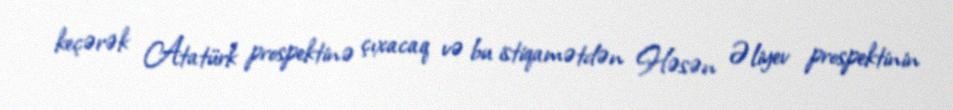
keçərək Atatürk prospektinə çıxacaq və bu istiqamətdən Həsən Əliyev prospektinin